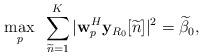
LaTeX: \begin{align*} \max_{p} ~\sum_{\widetilde{n}=1}^{K}|{\bf w}^H_p{\bf y}_{R_0}[\widetilde{n}]|^2=\widetilde{\beta}_0,\end{align*}